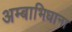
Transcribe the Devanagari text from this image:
अम्बाभिधाना